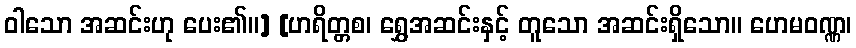
ဝါသော အဆင်းဟု ပေး၏။] [ဟရိတ္တစ၊ ရွှေအဆင်းနှင့် တူသော အဆင်းရှိသော။ ဟေမဝဏ္ဏ၊